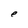
Character: e